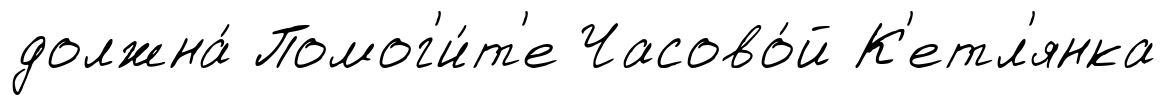
должна́ Помог'и́т'е Часово́й К'етл'янка